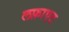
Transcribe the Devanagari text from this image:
लफ़ाएट